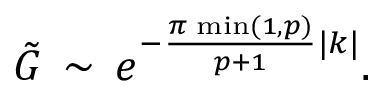
\displaystyle \tilde { G } \, \sim \, e ^ { - \frac { \pi \, \operatorname * { m i n } ( 1 , p ) } { p + 1 } | k | } .